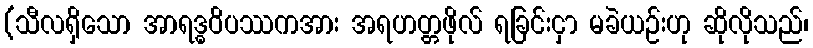
(သီလရှိသော အာရဒ္ဓဝိပဿကအား အရဟတ္တဖိုလ် ရခြင်းငှာ မခဲယဉ်းဟု ဆိုလိုသည်၊